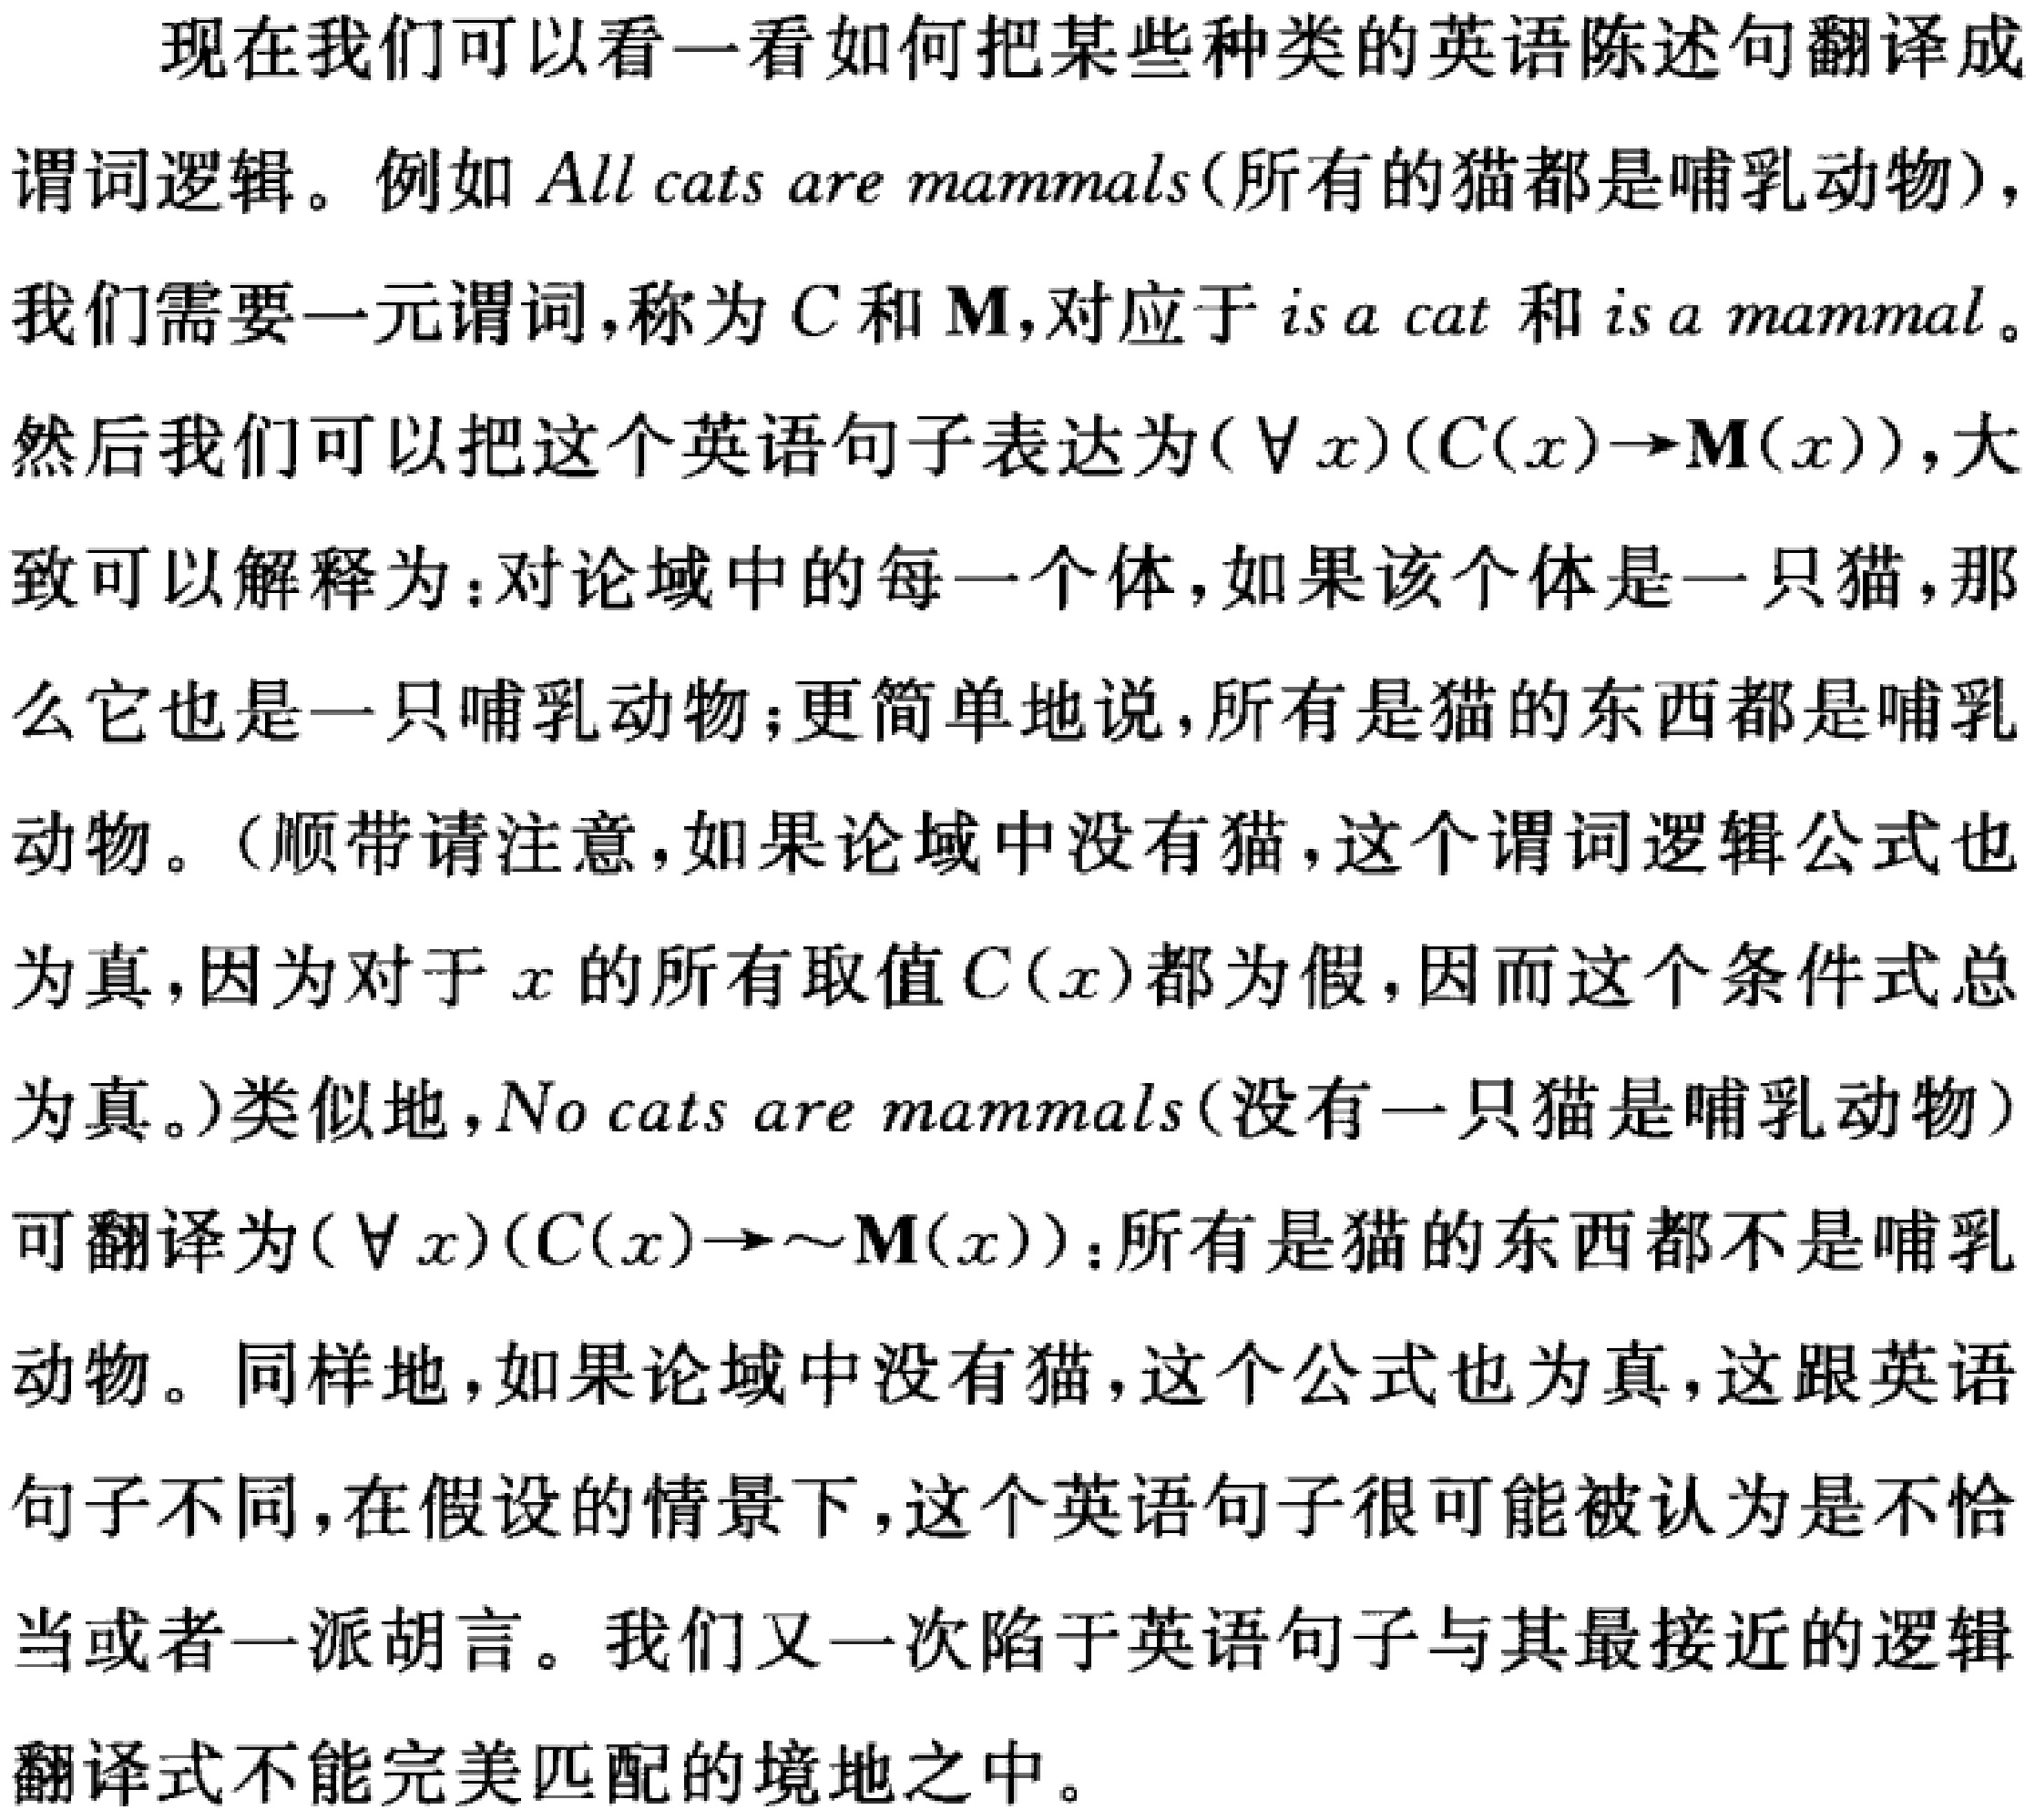
现在我们可以看一看如何把某些种类的英语陈述句翻译成
谓词逻辑。例如 All cats are mammals(所有的猫都是哺乳动物)，
我们需要一元谓词，称为 \(C\) 和 \(M\)，对应于 is a cat 和 is a mammal。
然后我们可以把这个英语句子表达为\((\forall x)(C(x)\to M(x))\)，大
致可以解释为：对论域中的每一个体，如果该个体是一只猫，那
么它也是一只哺乳动物；更简单地说，所有是猫的东西都是哺乳
动物。（顺带请注意，如果论域中没有猫，这个谓词逻辑公式也
为真，因为对于 \(x\) 的所有取值 \(C(x)\)都为假，因而这个条件式总
为真。）类似地，No cats are mammals(没有一只猫是哺乳动物)
可翻译为\((\forall x)(C(x)\to\sim M(x))\)：所有是猫的东西都不是哺乳
动物。同样地，如果论域中没有猫，这个公式也为真，这跟英语
句子不同，在假设的情景下，这个英语句子很可能被认为是不恰
当或者一派胡言。我们又一次陷于英语句子与其最接近的逻辑
翻译式不能完美匹配的境地之中。